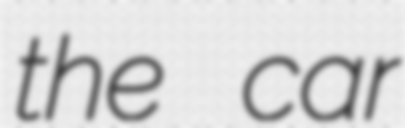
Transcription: the car